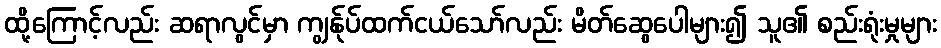
ထို့ကြောင့်လည်း ဆရာလွင်မှာ ကျွန်ုပ်ထက်ငယ်သော်လည်း မိတ်ဆွေပေါများ၍ သူ၏ စည်းရုံးမှုများ